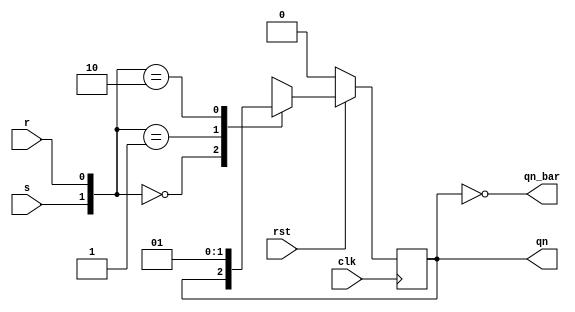
`timescale 1ns / 1ps
//////////////////////////////////////////////////////////////////////////////////
// Company: 
// Engineer: 
// 
// Design Name: 
// Module Name: SR_fliflop
// Project Name: 
// Target Devices: 
// Tool Versions: 
// Description: 
// 
// Dependencies: 
// 
// Revision:
// Revision 0.01 - File Created
// Additional Comments:
// 
//////////////////////////////////////////////////////////////////////////////////


module SR_fliflop(
    input s,
    input r,clk,rst,
    output reg qn,
    output qn_bar
    );
    always@(posedge clk)
    begin 
    if(!rst) 
    begin 
    qn=0;
    end
    else 
    begin
    case({s,r}) 
    2'b00:qn=qn;
    2'b01:qn=1'b0;
    2'b10:qn=1'b1;
    2'b11:qn=1'bX;
    endcase
    end
    end
    assign qn_bar=~qn;
    
endmodule